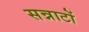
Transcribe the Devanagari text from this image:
सन्नाटों